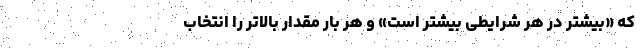
که «بیشتر در هر شرایطی بیشتر است» و هر بار مقدار بالاتر را انتخاب